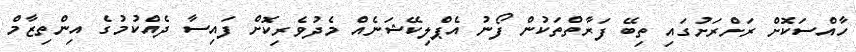
ހާއްސަކޮށް ރަށްރަށުގައި ތިބޭ ފަރާތްތަކުން ފޯނު އެޕްލިކޭޝަނެއް މެދުވެރިކޮށް ފައިސާ ދެއްކުމުގެ އިންތިޒާމް